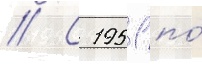
// С 1951 по́